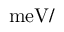
\mathrm { m e V } / \AA